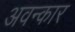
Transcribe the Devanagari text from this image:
अवन्कार